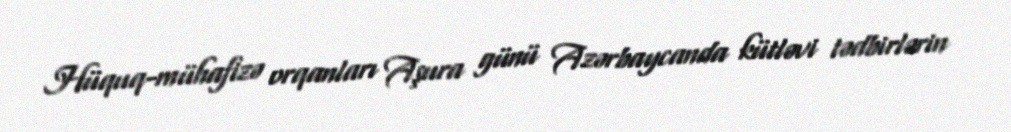
Hüquq-mühafizə orqanları Aşura günü Azərbaycanda kütləvi tədbirlərin